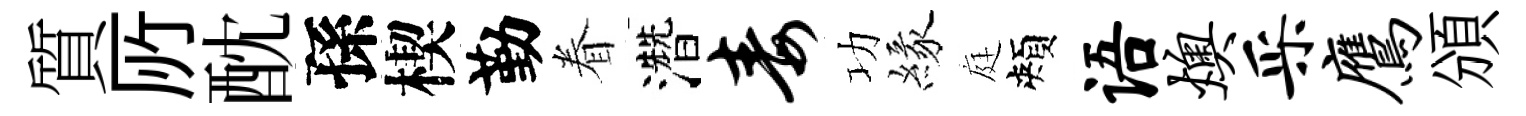
質𠩄酖孫楔勤眷濳毒功緣庭頰语燠采鹰頒